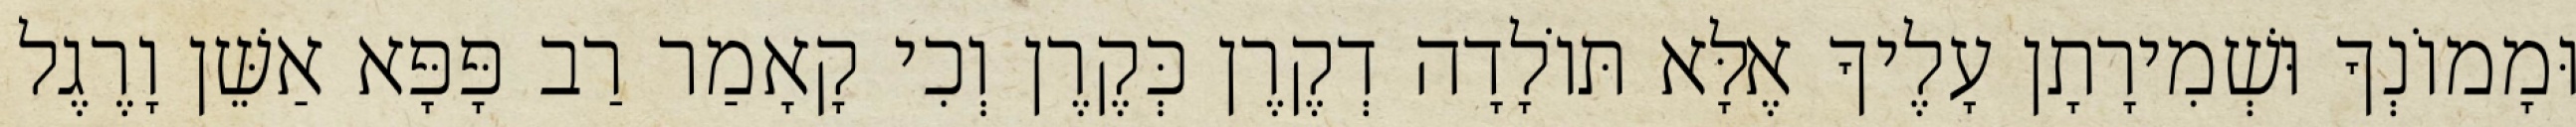
וּמָמוֹנְךָ וּשְׁמִירָתָן עָלֶיךָ אֶלָּא תּוֹלָדָה דְקֶרֶן כְּקֶרֶן וְכִי קָאָמַר רַב פָּפָּא אַשֵּׁן וָרֶגֶל